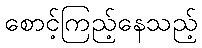
စောင့်ကြည့်နေသည့်